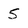
Character: 5